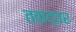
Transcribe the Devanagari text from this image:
तकद्वर